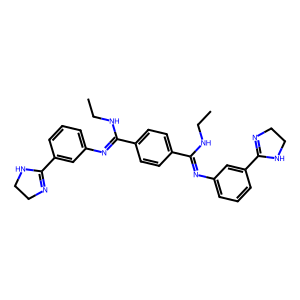
SMILES: CCNC(=Nc1cccc(C2=NCCN2)c1)c1ccc(C(=Nc2cccc(C3=NCCN3)c2)NCC)cc1
Inhibits HIV replication: Yes